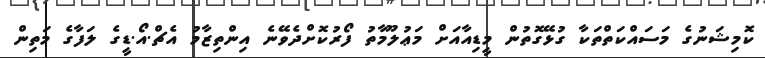
ކޮމިޝަނުގެ މަސައްކަތްތަކާ ގުޅޭގޮތުން މީޑިއާއަށް މަޢުލޫމާތު ފޯރުކޮށްދެވޭނެ އިންތިޒާމު އެޗް.އޯ.ޑީގެ ލަފާގެ މަތިން